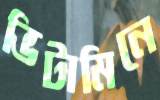
ভিটামিনে